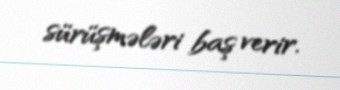
sürüşmələri baş verir.